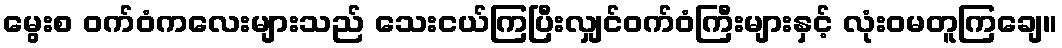
မွေးစ ဝက်ဝံကလေးများသည် သေးငယ်ကြပြီးလျှင်ဝက်ဝံကြီးများနှင့် လုံးဝမတူကြချေ။